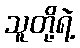
သူတို့ရဲ့